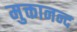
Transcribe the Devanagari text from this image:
मुक्तानन्द